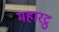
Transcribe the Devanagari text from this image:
महारट्ठ